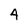
Character: 4